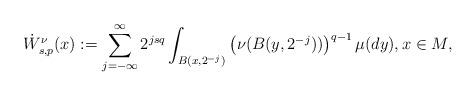
LaTeX: \begin{align*}\dot{W}_{s,p}^\nu(x):=\sum_{j=-\infty}^\infty 2^{jsq}\int_{B(x,2^{-j})}\left(\nu(B(y,2^{-j}))\right)^{q-1}\mu(dy),x\in M,\end{align*}